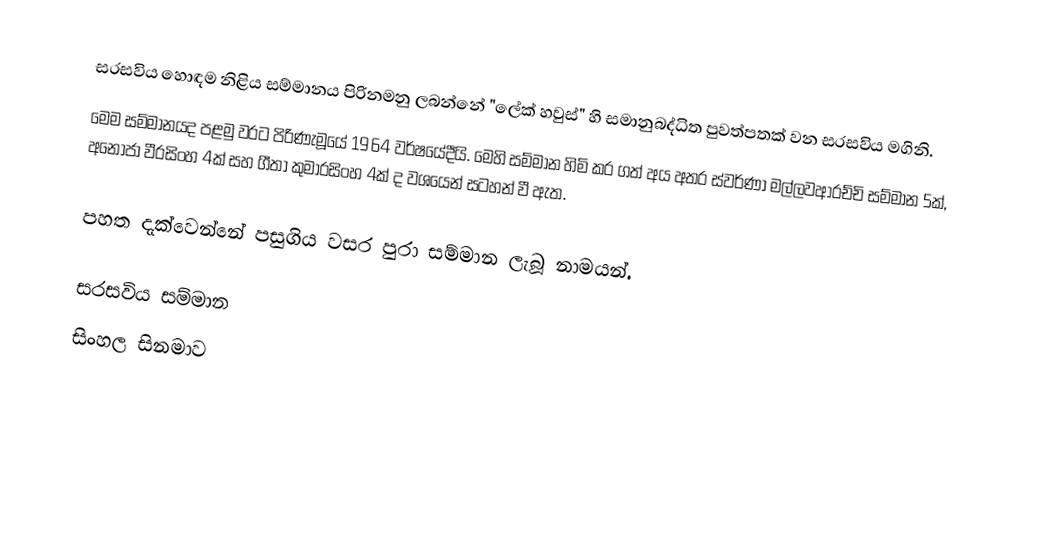
සරසවිය හොඳම නිළිය සම්මානය පිරිනමනු ලබන්නේ "ලේක් හවුස්" හි සමානුබද්ධිත පුවත්පතක් වන සරසවිය මගිනි.
මෙම සම්මානයද පළමු වරට පිරිණැමූයේ 1964 වර්ෂයේදීයි. මෙහි සම්මාන හිමි කර ගත් අය අතර ස්වර්ණා මල්ලවආරච්චි සම්මාන 5ක්, අනෝජා වීරසිංහ 4ක් සහ ගීතා කුමාරසිංහ 4ක් ද වශයෙන් සටහන් වී ඇත.

පහත දැක්වෙන්නේ පසුගිය වසර පුරා සම්මාන ලැබූ නාමයන්.

සරසවිය සම්මාන
සිංහල සිනමාව